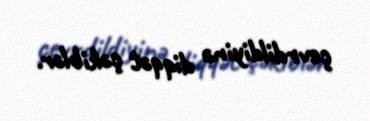
çevrdildiyinə diqqət çəkiblər.